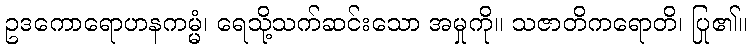
ဥဒကောရောဟနကမ္မံ၊ ရေသို့သက်ဆင်းသော အမှုကို။ သဇာတိကရောတိ၊ ပြု၏။